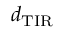
d _ { \mathrm { T I R } }